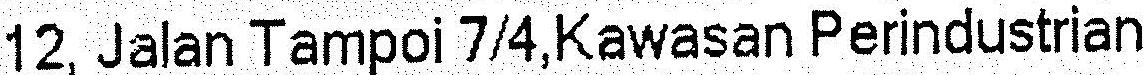
12, JALAN TAMPOI 7/4,KAWASAN PERINDUSTRIAN